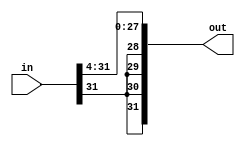
module sra4(out,in);
	input[31:0] in;
	output[31:0] out;
	
	genvar c;
	
	generate
		for (c = 4; c <= 31; c = c + 1) begin: loop1
			assign out[c-4] = in[c];
		end
	endgenerate
	
	genvar d;
	
	generate
		for (d = 28; d < 32; d = d + 1) begin: loop2
			assign out[d] = in[31];
		end
	endgenerate
	

endmodule